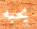
يحبه